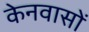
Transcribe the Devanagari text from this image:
केनवासों